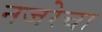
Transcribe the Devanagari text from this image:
नजरेचा